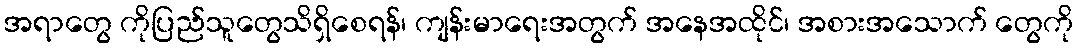
အရာတွေ ကိုပြည်သူတွေသိရှိစေရန်၊ ကျန်းမာရေးအတွက် အနေအထိုင်၊ အစားအသောက် တွေကို